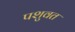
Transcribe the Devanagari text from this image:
पशुवत